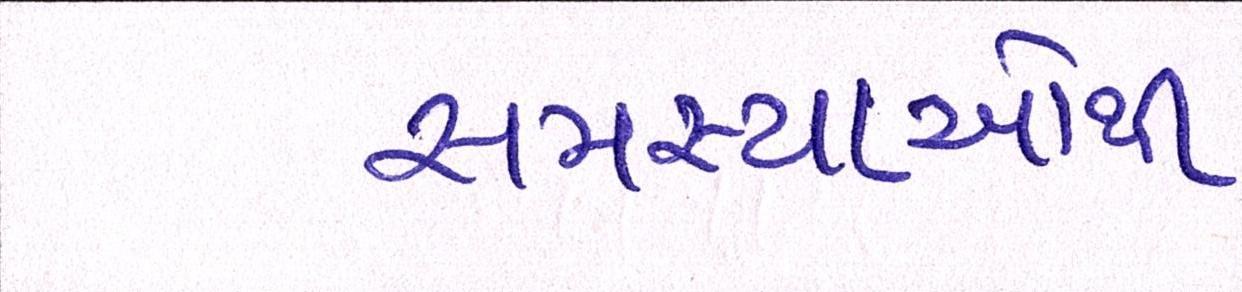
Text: સમસ્યાઓથી